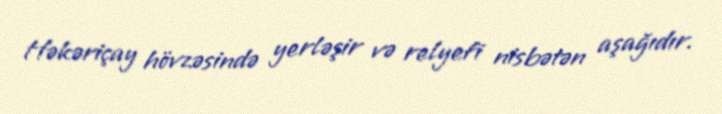
Həkəriçay hövzəsində yerləşir və relyefi nisbətən aşağıdır.